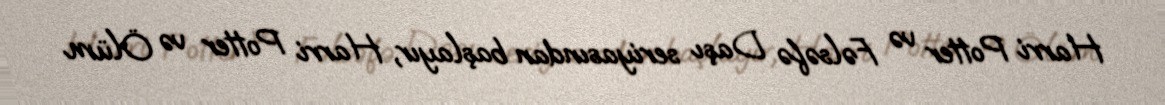
Harri Potter və Fəlsəfə Daşı seriyasından başlayır, Harri Potter və Ölüm